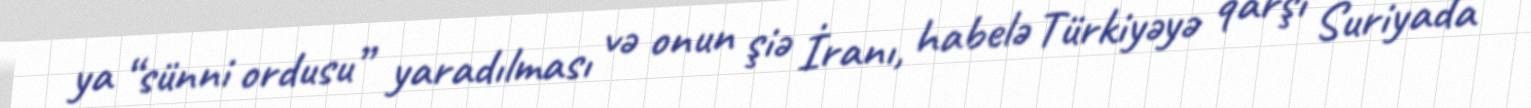
ya “sünni ordusu” yaradılması və onun şiə İranı, habelə Türkiyəyə qarşı Suriyada